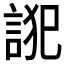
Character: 𮘋